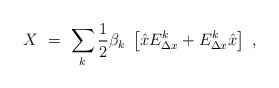
\begin{align*}X \ = \ \sum_k {1\over 2} \beta_k \ \left[{\hat x} E_{\Delta x}^k + E_{\Delta x}^k {\hat x} \right]\ ,\end{align*}